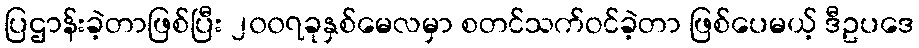
ပြဌာန်းခဲ့တာဖြစ်ပြီး ၂၀၀၇ခုနှစ်မေလမှာ စတင်သက်ဝင်ခဲ့တာ ဖြစ်ပေမယ့် ဒီဥပဒေ